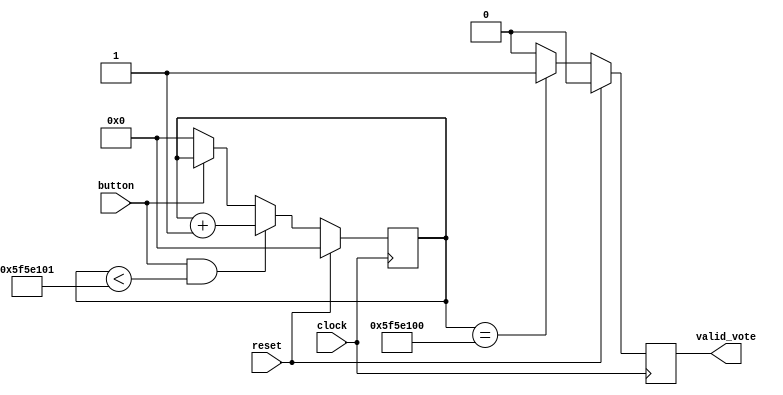
`timescale 1ns / 1ps
//////////////////////////////////////////////////////////////////////////////////
// Company: 
// Engineer: 
// 
// Design Name: 
// Module Name: buttoncontrol
// Project Name: 
// Target Devices: 
// Tool Versions: 
// Description: 
// 
// Dependencies: 
// 
// Revision:
// Revision 0.01 - File Created
// Additional Comments:
// 
//////////////////////////////////////////////////////////////////////////////////


module buttoncontrol(
input clock,
input reset,
input button,
output reg valid_vote
);

reg [30:0] counter;

//1 sec / 10ms = 100000000

always @(posedge clock)
begin
    if(reset)
        counter <= 0;
    else
    begin
        if(button & counter < 100000001)
            counter <= counter + 1;
        else if(!button)
            counter <= 0;
    end
end


always @(posedge clock)
begin
    if(reset)
        valid_vote <= 1'b0;
    else
    begin
        if(counter == 100000000)
            valid_vote <= 1'b1;
        else
            valid_vote <= 1'b0;
    end
end

endmodule